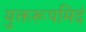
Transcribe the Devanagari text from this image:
युक्तरूपमिदं